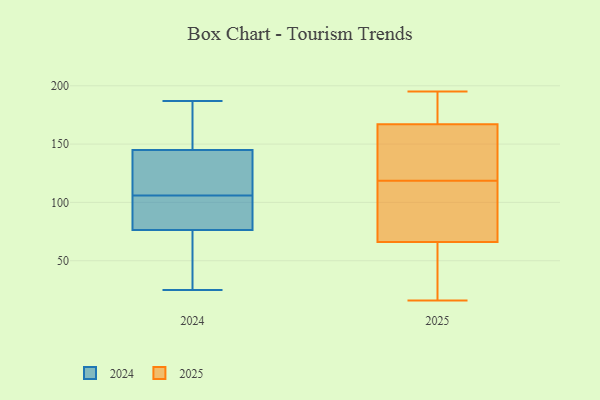
{"axis": {"x": "Shipments", "y": "Value"}, "legend": ["2024", "2025"], "data": [{"x": "", "y": 187, "type": "2024"}, {"x": "", "y": 118, "type": "2024"}, {"x": "", "y": 79, "type": "2024"}, {"x": "", "y": 25, "type": "2024"}, {"x": "", "y": 148, "type": "2024"}, {"x": "", "y": 179, "type": "2024"}, {"x": "", "y": 35, "type": "2024"}, {"x": "", "y": 144, "type": "2024"}, {"x": "", "y": 96, "type": "2024"}, {"x": "", "y": 106, "type": "2024"}, {"x": "", "y": 143, "type": "2024"}, {"x": "", "y": 77, "type": "2024"}, {"x": "", "y": 74, "type": "2024"}, {"x": "", "y": 138, "type": "2025"}, {"x": "", "y": 121, "type": "2025"}, {"x": "", "y": 149, "type": "2025"}, {"x": "", "y": 195, "type": "2025"}, {"x": "", "y": 116, "type": "2025"}, {"x": "", "y": 66, "type": "2025"}, {"x": "", "y": 82, "type": "2025"}, {"x": "", "y": 19, "type": "2025"}, {"x": "", "y": 167, "type": "2025"}, {"x": "", "y": 172, "type": "2025"}, {"x": "", "y": 66, "type": "2025"}, {"x": "", "y": 177, "type": "2025"}, {"x": "", "y": 53, "type": "2025"}, {"x": "", "y": 16, "type": "2025"}]}